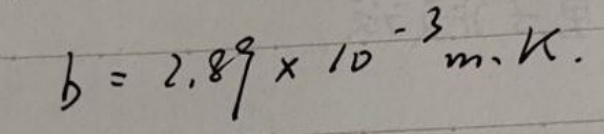
$b = 2.89\times 10^{-3}m\cdot K$